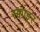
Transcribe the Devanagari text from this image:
स्क्वाइर